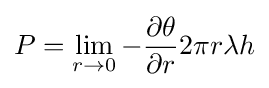
P=\lim _{r\to 0}-{\partial \theta  \over \partial r}2\pi r\lambda h